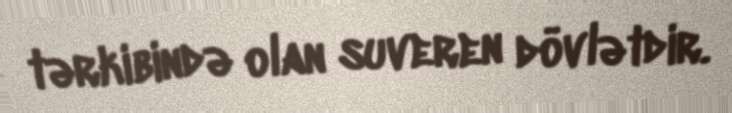
tərkibində olan suveren dövlətdir.